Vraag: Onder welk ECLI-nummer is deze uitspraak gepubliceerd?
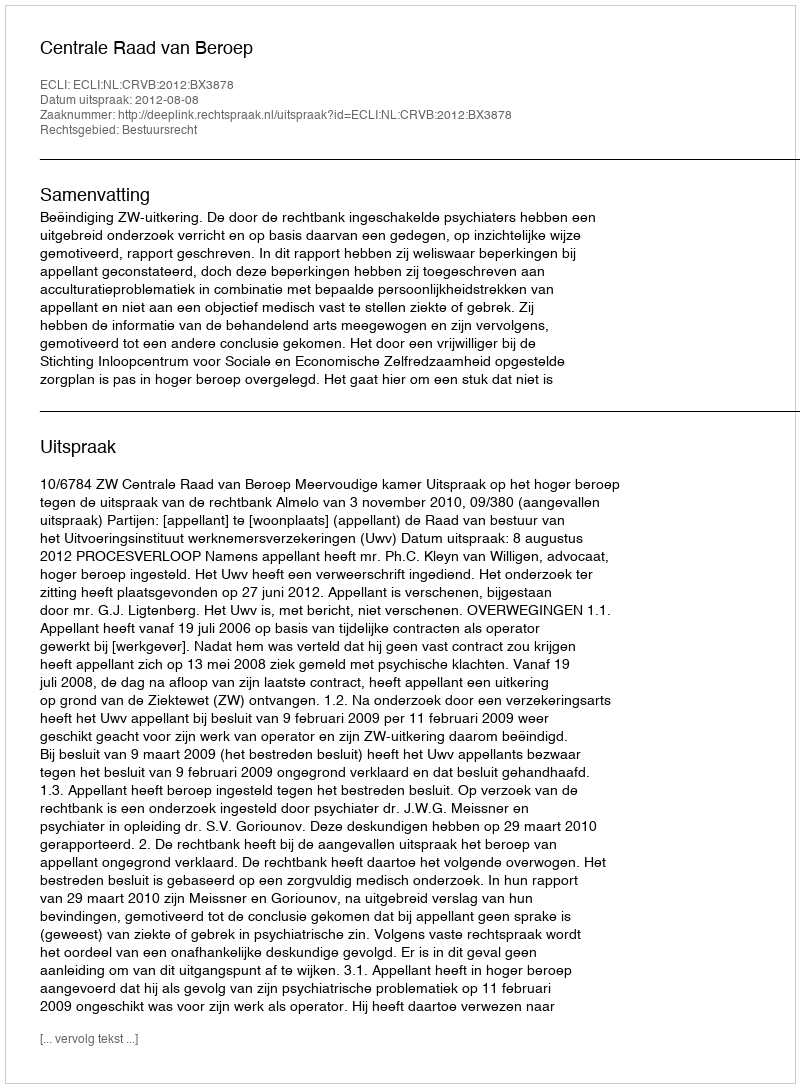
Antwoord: ECLI:NL:CRVB:2012:BX3878